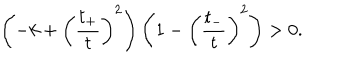
\left( - k + \left( \frac { t _ { + } } { t } \right) ^ { 2 } \right) \left( 1 - \left( \frac { t _ { - } } { t } \right) ^ { 2 } \right) > 0 .